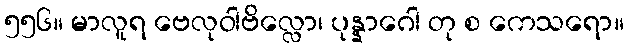
၅၅၆။ မာလူရ ဗေလုဝါဗိလ္လော၊ ပုန္နာဂေါ တု စ ကေသရော။